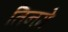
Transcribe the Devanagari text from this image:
तिनमे